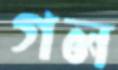
গল